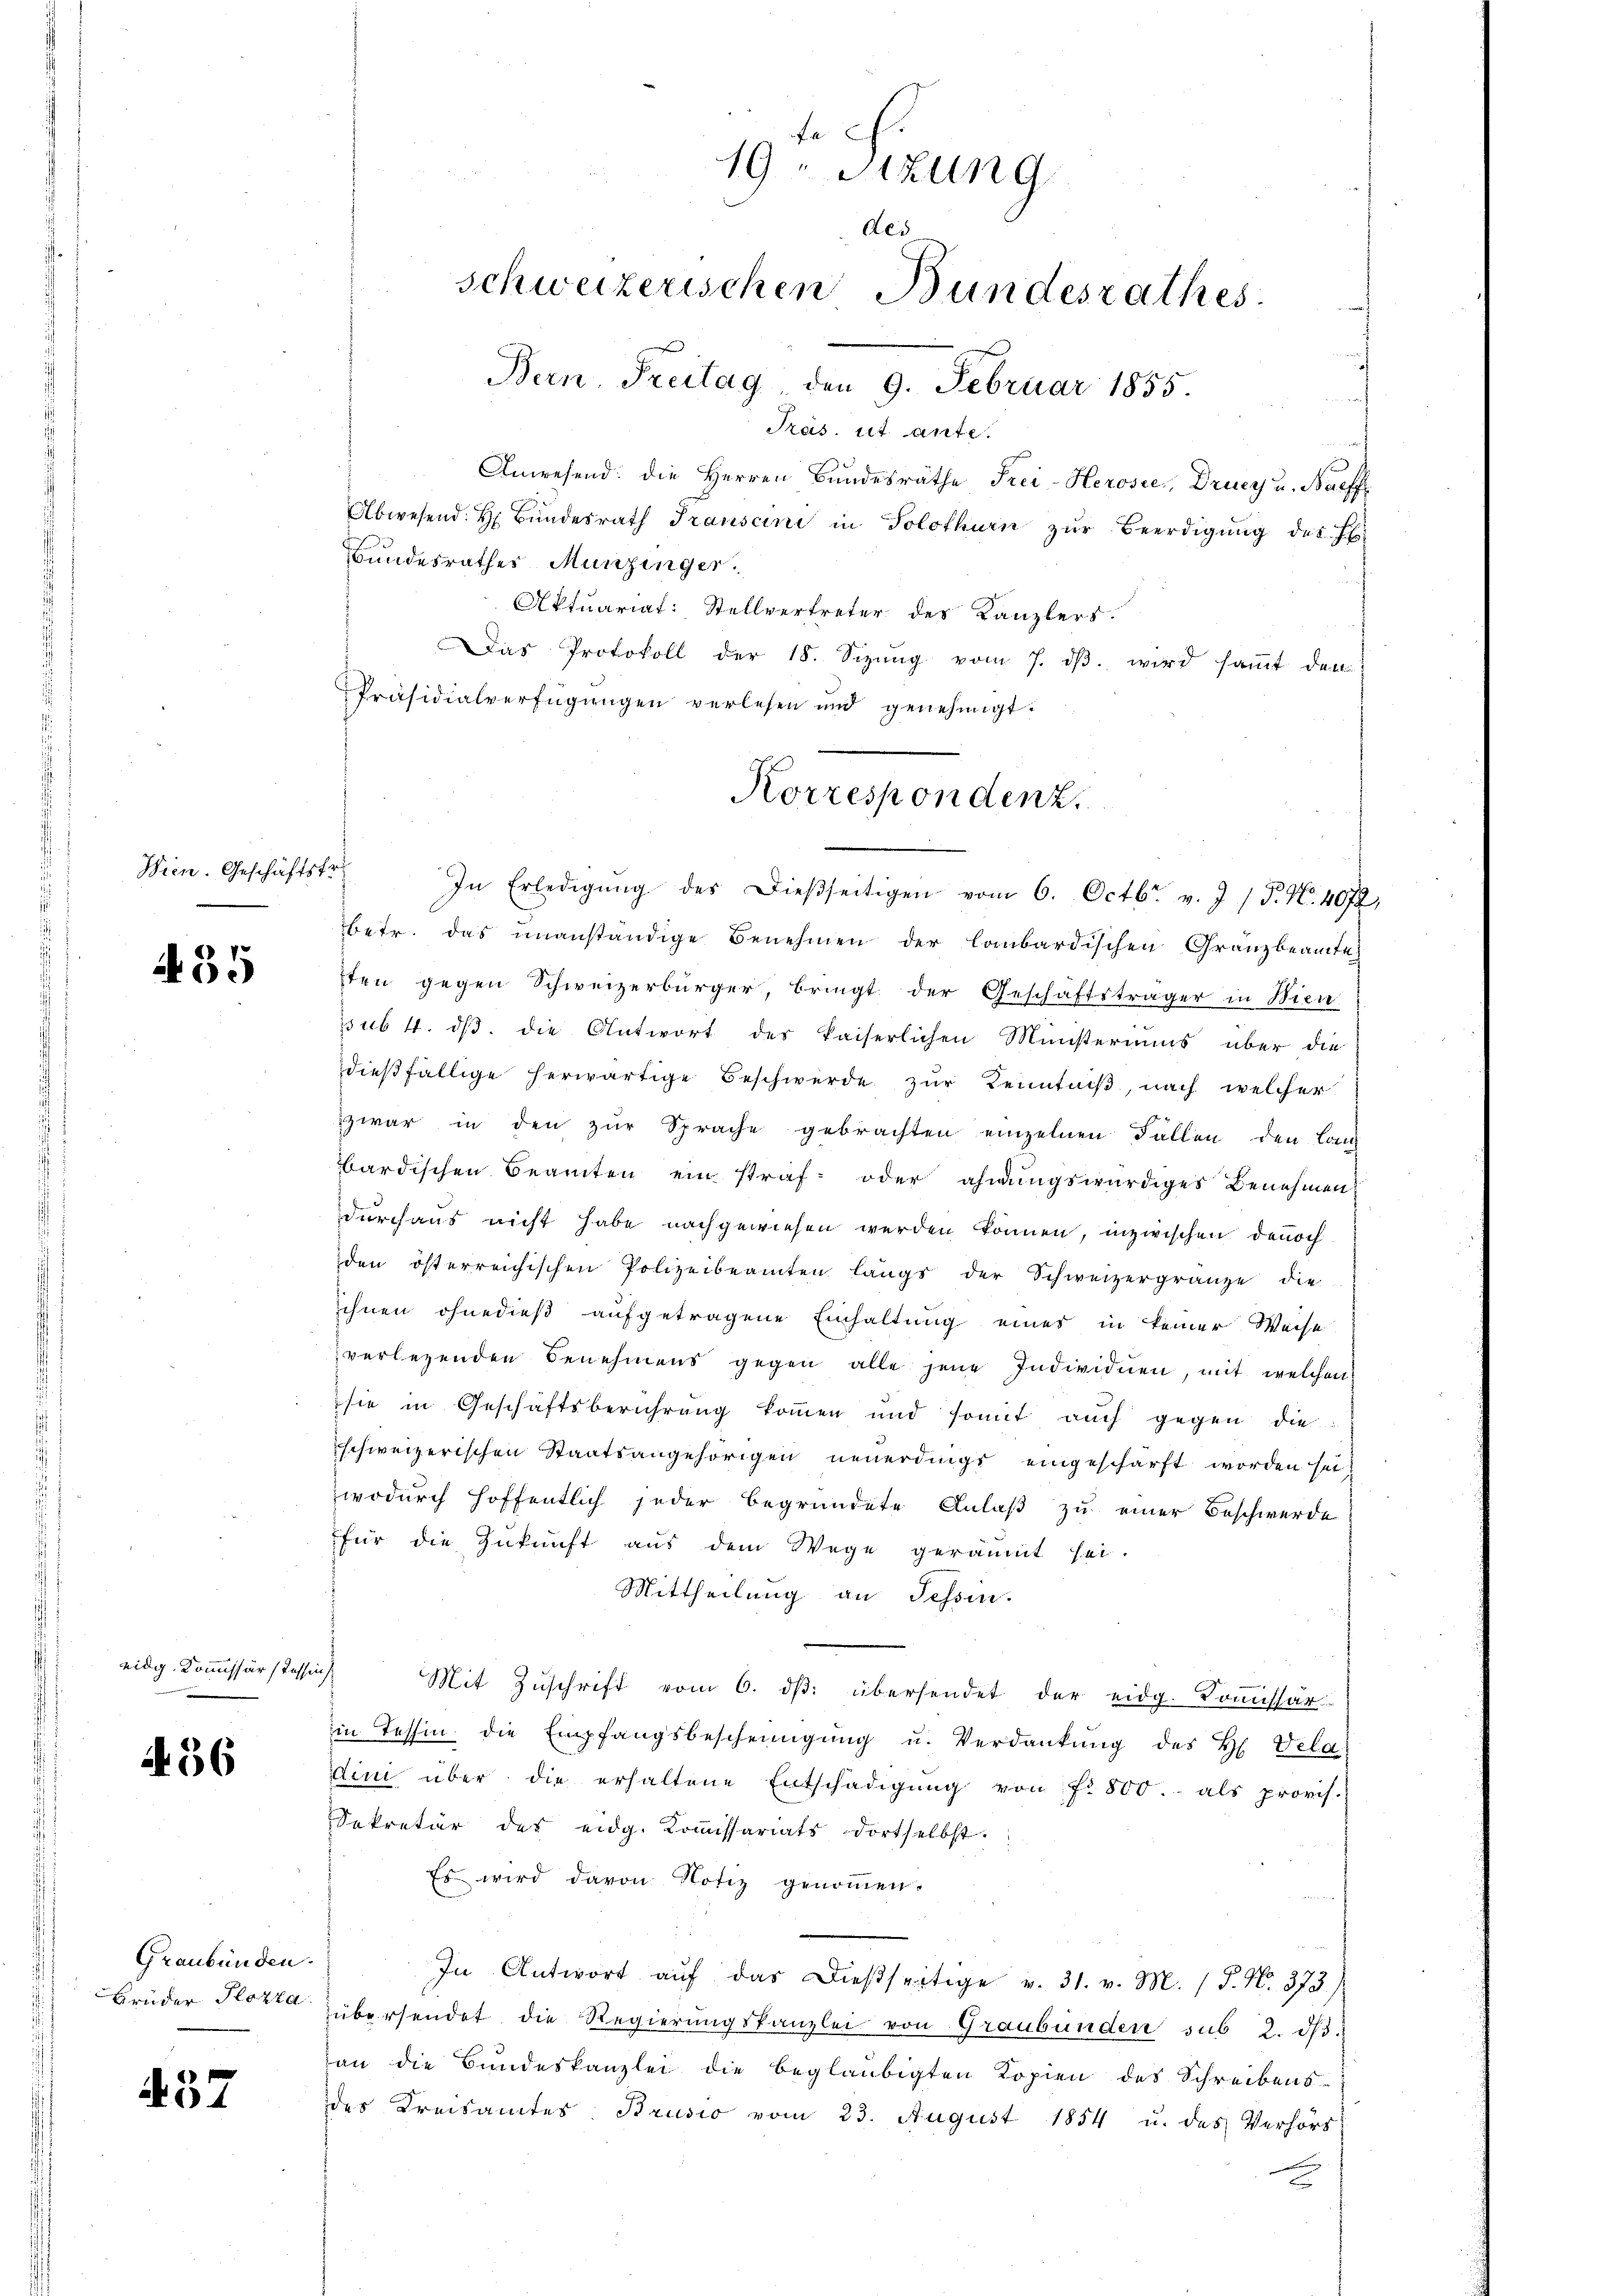
Wien. Geschäftsfr.

435

eidg. Kommissär (Passie

456

Graubünden.
Brüder Plozta

457

te ch
19Sizung
des
schweizerischen Bundesrathes.
Bern, Treitag, den 9. Februar 1855.

Präs. ut ante.
Anwesend: die Herren Bundesräthe Frei-Herosie, Drucz u. Bareff
Abwesend: Hr. Bŭndesrath Transcini in Solothurn zŭr Beerdigŭng des H.
Bundesrathes Munzinger.
Aktuariat: Stellvertreter des Kanzlers.
Das Protokoll der 18. Sizŭng vom 7. dβ wird saṁt den
Präsidialverfügŭngen verlesen und genehmigt.
In Erledigŭng des Dießseitigen vom 6. Octbr. v. J. P. Nr. 4072
betr. das unanständige Benehmen der Laubardischen Granzbeamte
sten gegen Schweizerbürger, bringt der Geschäftsträger in Bien
psub 4. dβ. die Antwort des kaiserlichen Münsteriums über die
dießfällige herwärtige Beschwerde zur Kenntniß, nach welcher
zwar in den zŭr Sprache gebrachten einzelnen Fällen den Lan
bardischen Beamten ein straf- oder ahnungswürdiges Benehmen
durchaus nicht habe nachgewiesen werden können, inzwischen dennoch
den österreichischen Polizeibeamten längs der Schweizergränze die
ihnen ohnedieß aufgetragene Einhaltung einer in keiner Weise
verlegenden Benehmens gegen alle jene Individuen, mit welchen
sie in Geschäftsberührung kommen und somit auch gegen die
schweizerischen Staatsangehörigen neuerdings eingeschärft worden sei,
wodurch hoffentlich jeder begründete Anlaß zu einer Beschwerde
für die Zukunft aus dem Wege geräumt sei.
Mittheilung an Tessin.
Mit Zuschrift vom 6. dβ übersendet der eidg. Kommissär
in Tessin die Empfangsbescheinigŭng u. Verdankŭng des H. Vela-
dini über die erhaltene Entschädigŭng von fr. 800.- als provis.
Sekretär des eidg. Koṁissariats dortselbst.
Es wird davon Notiz genoṁen.
In Antwort aŭf das dießseitige v. 31. v. M. (T. N. 373.)
übersendet die Regierŭngskanzlei von Graubünden sub 2. dβ.
an die Bundeskanzlei die beglaubigten Kopien des Schreibens-
des Kreisamtes Brusio vom 23. August 1854 u. des Verhörs
E

Korrespondenz.